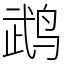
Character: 鹉